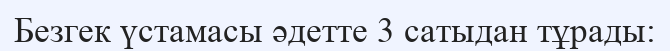
Безгек үстамасы әдетте 3 сатыдан тұрады: